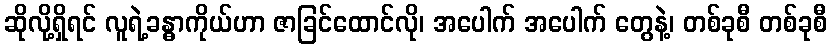
ဆိုလို့ရှိရင် လူရဲ့ခန္ဓာကိုယ်ဟာ ဇာခြင်ထောင်လို၊ အပေါက် အပေါက် တွေနဲ့၊ တစ်ခုစီ တစ်ခုစီ